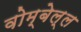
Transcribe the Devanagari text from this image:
वोम्बेल्ल